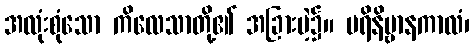
အလုံးစုံသော ကိလေသာတို့၏ အခြားမဲ့၌။ ပရိနိဗ္ဗာနကာလံ၊